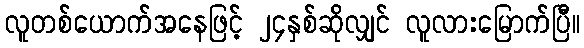
လူတစ်ယောက်အနေဖြင့် ၂၄နှစ်ဆိုလျှင် လူလားမြောက်ပြီ။